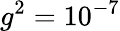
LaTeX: g^{2}=10^{-7}